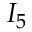
I _ { 5 }